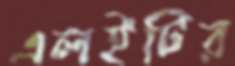
এলইটির